Rangoon Lunatic Asylum 1893-1897 - 1893-1897
Year: 1893
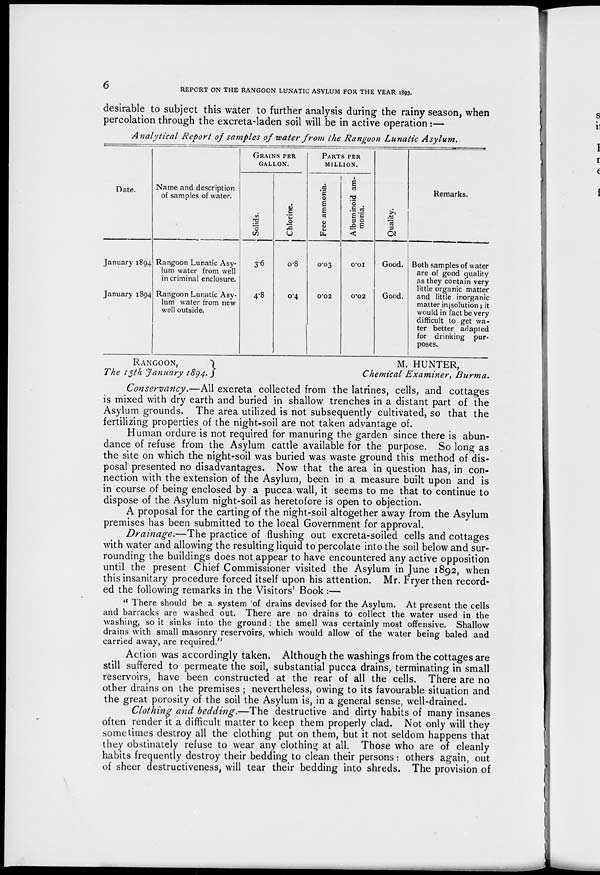
6
REPORT ON THE RANGOON LUNATIC ASYLUM FOR THE YEAR 1893.
desirable to subject this water to further analysis during the rainy season, when
percolation through the excreta-laden soil will be in active operation:—
Analytical Report of samples of water from the Rangoon Lunatic Asylum.
Date.
January 1894
January 1894
Name and description
of samples of water.
Rangoon Lunatic Asy-
lum water from well
in criminal enclosure.
Rangoon Lunatic Asy-
lum water from new
well outside.
GRAINS PER
GALLON.
Solids.
3.6
4.8
Chlorine.
0.8
0.4
PARTS PER
MILLION.
Free ammonia.
0.03
0.02
Albuminoid am-
monia.
0.01
0.02
Quality.
Good.
Good.
Remarks.
Both samples of water
are of good quality
as they contain very
little organic matter
and little inorganic
matter in solution; it
would in fact be very
difficult to get wa-
ter better adapted
for drinking pur-
poses.
RANGOON.
The 15th January 1894.
M. HUNTER,
Chemical Examiner,
Burma.
Conservancy.—All excreta collected from the latrines, cells, and cottages
is mixed with dry earth and buried in shallow trenches in a distant part of the
Asylum grounds. The area utilized is not subsequently cultivated, so that the
fertilizing properties of the night-soil are not taken advantage of.
Human ordure is not required for manuring the garden since there is abun-
dance of refuse from the Asylum cattle available for the purpose. So long as
the site on which the night-soil was buried was waste ground this method of dis-
posal presented no disadvantages. Now that the area in question has, in con-
nection with the extension of the Asylum, been in a measure built upon and is
in course of being enclosed by a pucca wall, it seems to me that to continue to
dispose of the Asylum night-soil as heretofore is open to objection.
A proposal for the carting of the night-soil altogether away from the Asylum
premises has been submitted to the local Government for approval.
Drainage.—The practice of flushing out excreta-soiled cells and cottages
with water and allowing the resulting liquid to percolate into the soil below and sur-
rounding the buildings does not appear to have encountered any active opposition
until the present Chief Commissioner visited the Asylum in June 1892, when
this insanitary procedure forced itself upon his attention. Mr. Fryer then record-
ed the following remarks in the Visitors' Book :—
" There should be a system of drains devised for the Asylum. At present the cells
and barracks are washed out. There are no drains to collect the water used in the
washing, so it sinks into the ground: the smell was certainly most offensive. Shallow
drains with small masonry reservoirs, which would allow of the water being baled and
carried away, are required."
Action was accordingly taken. Although the washings from the cottages are
still suffered to permeate the soil, substantial pucca drains, terminating in small
reservoirs, have been constructed at the rear of all the cells. There are no
other drains on the premises ; nevertheless, owing to its favourable situation and
the great porosity of the soil the Asylum is, in a general sense, well-drained.
Clothing and bedding.—The destructive and dirty habits of many insanes
often render it a difficult matter to keep them properly clad. Not only will they
sometimes destroy all the clothing put on them, but it not seldom happens that
they obstinately refuse to wear any clothing at all. Those who are of cleanly
habits frequently destroy their bedding to clean their persons: others again, out
of sheer destructiveness, will tear their bedding into shreds. The provision of